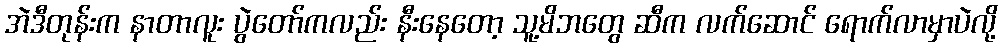
အဲဒီတုန်းက နာတာလူး ပွဲတော်ကလည်း နီးနေတော့ သူ့မိဘတွေ ဆီက လက်ဆောင် ရောက်လာမှာပဲလို့